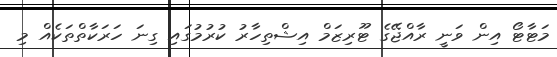
މަޓާޓޯ އިން ވަނީ ރާއްޖޭގެ ޓޫރިޒަމް އިޝްތިހާރު ކުރުމުގައި ގިނަ ހަރަކާތްތަކެއް މި